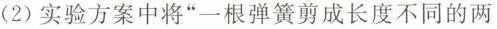
(2)实验方案中将”一根弹簧剪成长度不同的两